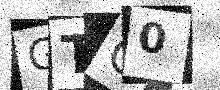
Text: GTO0